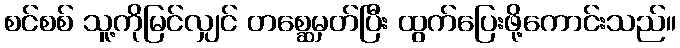
စင်စစ် သူ့ကိုမြင်လျှင် တစ္ဆေမှတ်ပြီး ထွက်ပြေးဖို့ကောင်းသည်။